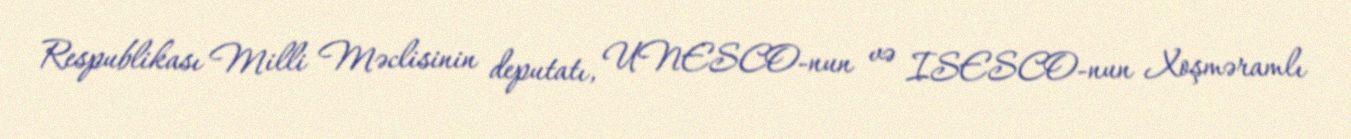
Respublikası Milli Məclisinin deputatı, UNESCO-nun və ISESCO-nun Xoşməramlı